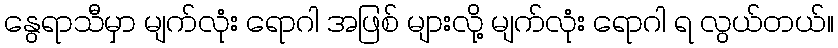
နွေရာသီမှာ မျက်လုံး ရောဂါ အဖြစ် များလို့ မျက်လုံး ရောဂါ ရ လွယ်တယ်။